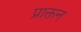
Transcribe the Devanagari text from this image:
प्राक्तन